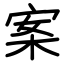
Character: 案